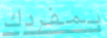
بمفردك